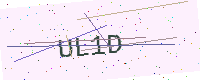
Text: UL1D